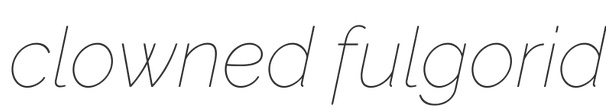
clowned fulgorid